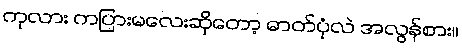
ကုလား ကပြားမလေးဆိုတော့ ဓာတ်ပုံလဲ အလွန်စား။